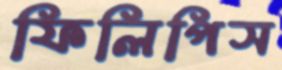
ফিলিপিস